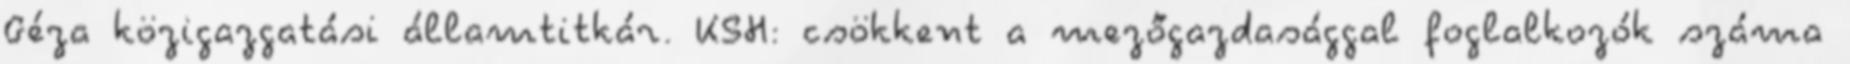
Géza közigazgatási államtitkár. KSH: csökkent a mezőgazdasággal foglalkozók száma